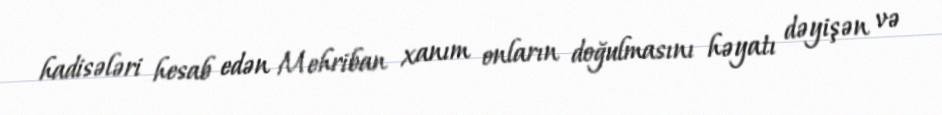
hadisələri hesab edən Mehriban xanım onların doğulmasını həyatı dəyişən və